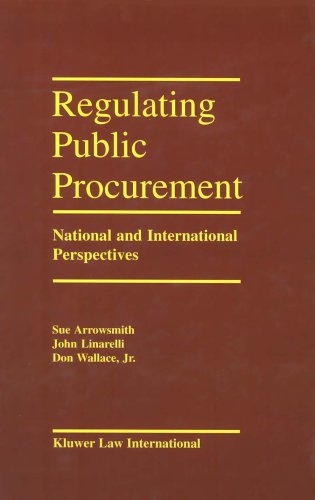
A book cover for Regulating Public Procurement, National and International Perspectives; Sue Arrowsmith; Law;